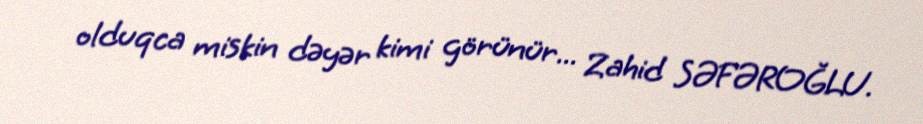
olduqca miskin dəyər kimi görünür... Zahid SƏFƏROĞLU.